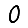
Digit: 0